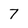
Character: 7